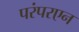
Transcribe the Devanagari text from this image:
परंपरएन